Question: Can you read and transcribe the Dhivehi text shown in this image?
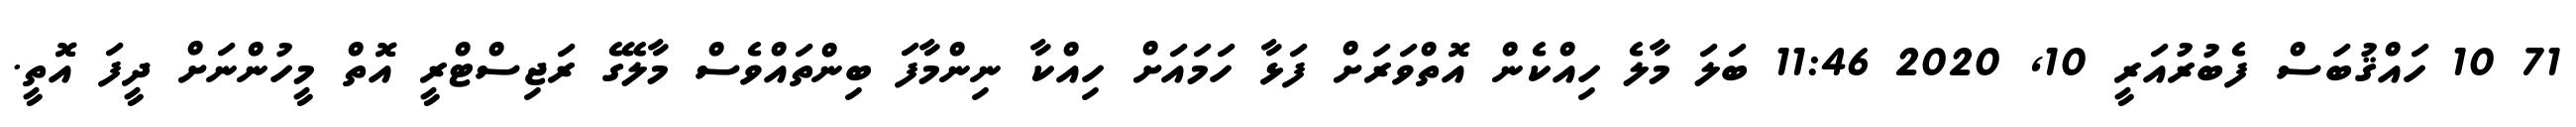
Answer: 71 10 ހައްޤުބަސް ފެބުރުއަރީ 10, 2020 11:46 ބަލަ މާލެ ހިއްކެން އޮތްވަރަށް ފަޅާ ހަމައަށް ހިއްކާ ނިންމާފަ ބިންތައްވެސް މާލޭގެ ރަޖިސްޓްރީ އޮތް މީހުންނަށް ދީފަ އޮތީ.